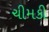
ચીમકી